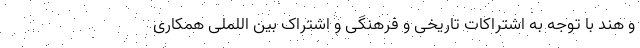
و هند با توجه به اشتراکات تاریخی و فرهنگی و اشتراک بین اللملی همکاری